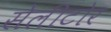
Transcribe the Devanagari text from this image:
सेलीटोर